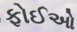
ફોઈઓ